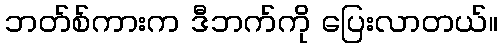
ဘတ်စ်ကားက ဒီဘက်ကို ပြေးလာတယ်။